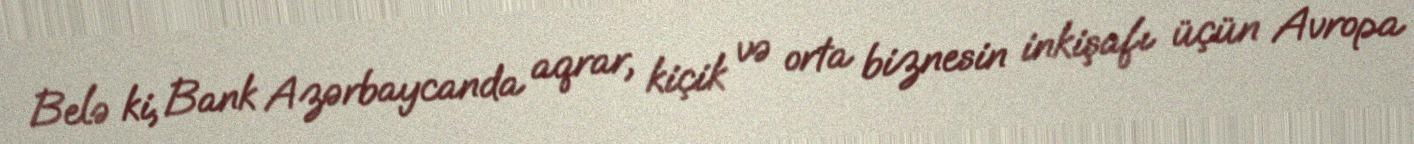
Belə ki, Bank Azərbaycanda aqrar, kiçik və orta biznesin inkişafı üçün Avropa